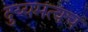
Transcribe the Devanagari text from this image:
दुय्यमत्वच